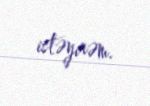
istəyirəm.